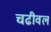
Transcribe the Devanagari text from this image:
चढीवलं